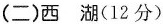
(二)西湖(12分)